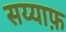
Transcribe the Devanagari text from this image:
सय्याफ़